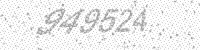
Solution: 949524